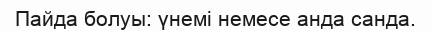
Пайда болуы: үнемі немесе анда санда.